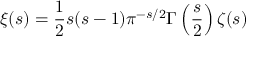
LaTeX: \xi ( s ) = { \frac { 1 } { 2 } } s ( s - 1 ) \pi ^ { - s / 2 } \Gamma \left( { \frac { s } { 2 } } \right) \zeta ( s )